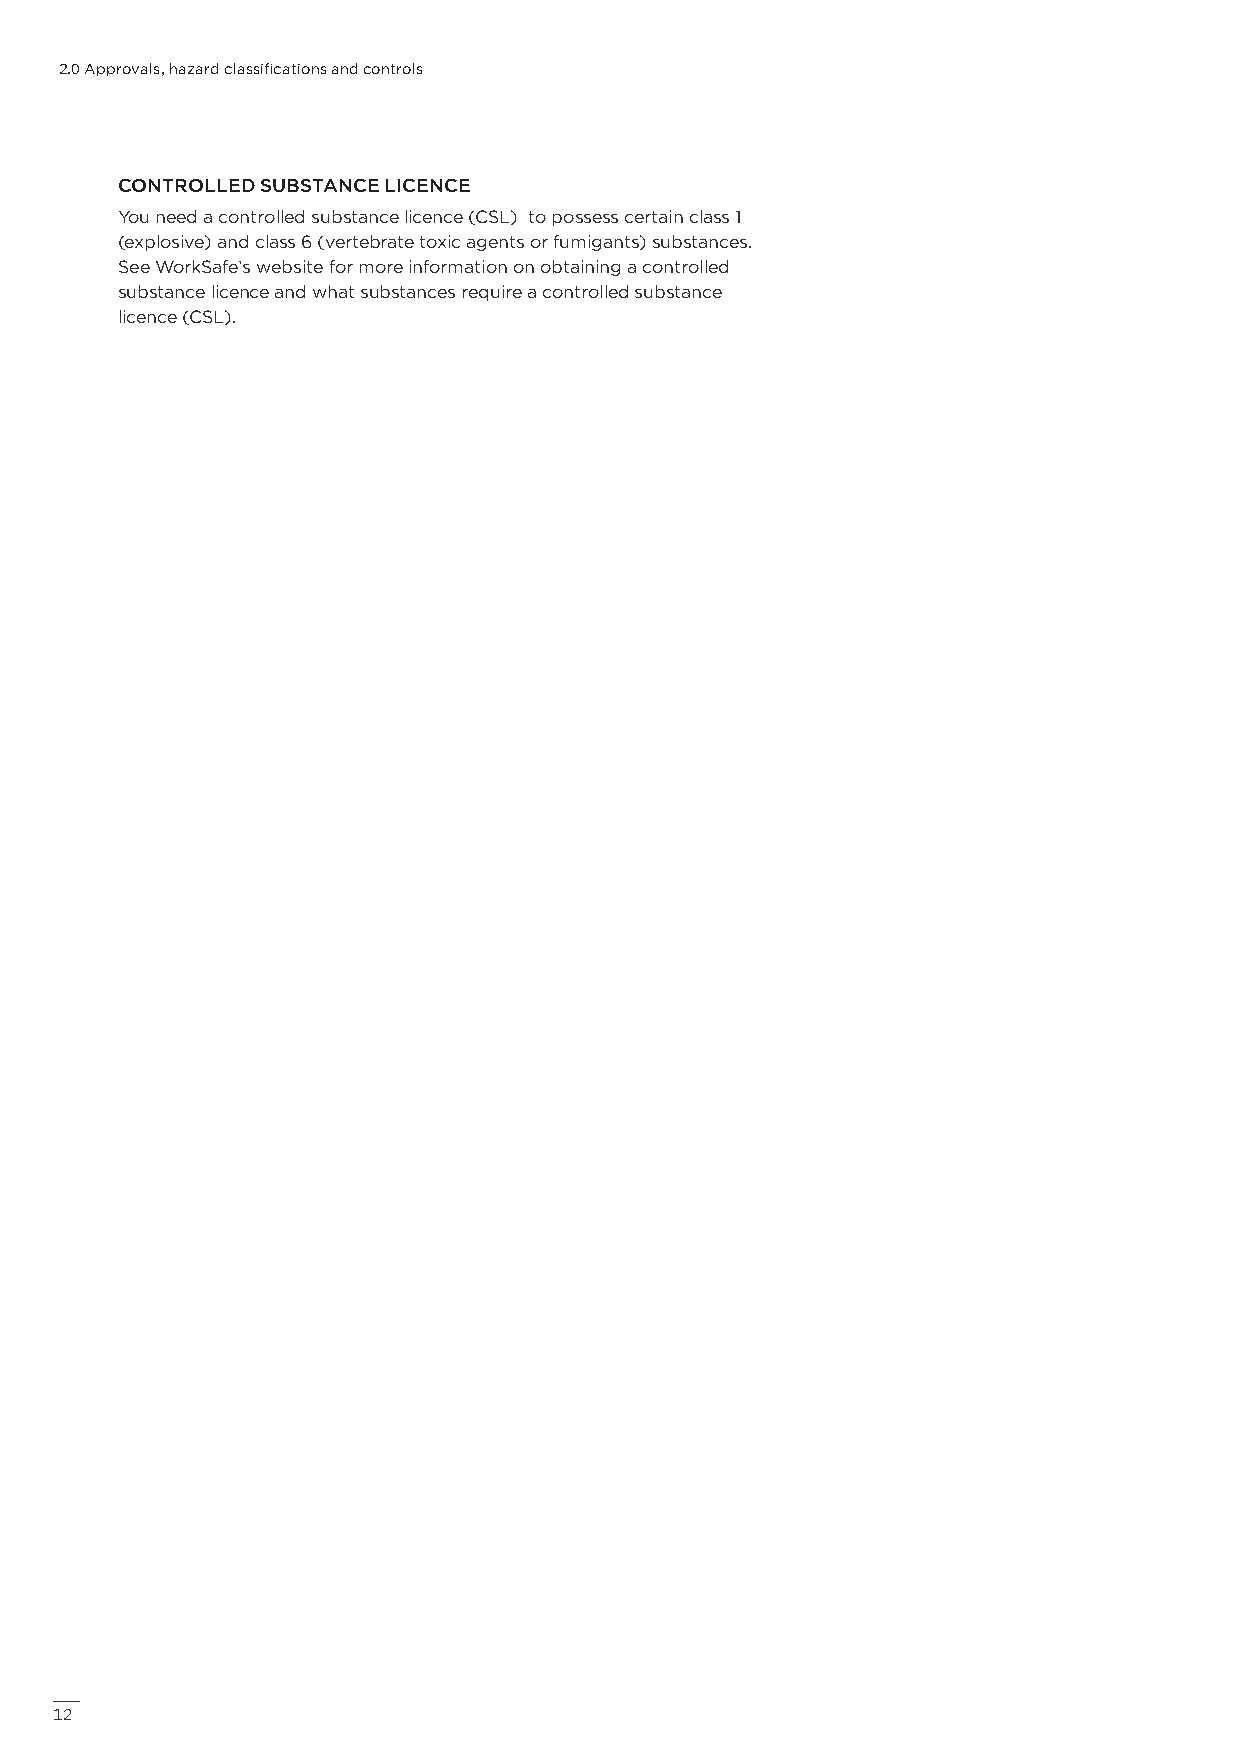
2.0 Approvals, hazard classifications and controls
 CONTROLLED SUBSTANCE LICENCE
 You need a controlled substance licence (CSL) to possess certain class 1
 (explosive) and class 6 (vertebrate toxic agents or fumigants) substances.
 See WorkSafe’s website for more information on obtaining a controlled
 substance licence and what substances require a controlled substance
 licence (CSL).
 12